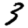
Digit: 3